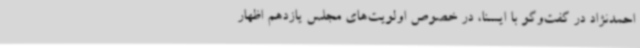
احمدنژاد در گفت‌وگو با ایسنا، در خصوص اولویت‌های مجلس یازدهم اظهار